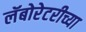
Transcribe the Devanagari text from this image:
लॅबोरेटरीच्या